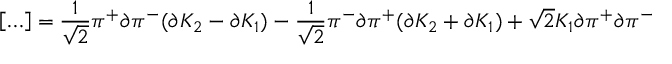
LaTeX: \left[ \ldots \right] = \frac { 1 } { \sqrt { 2 } } \pi ^ { + } \partial \pi ^ { - } ( \partial K _ { 2 } - \partial K _ { 1 } ) - \frac { 1 } { \sqrt { 2 } } \pi ^ { - } \partial \pi ^ { + } ( \partial K _ { 2 } + \partial K _ { 1 } ) + \sqrt { 2 } K _ { 1 } \partial \pi ^ { + } \partial \pi ^ { - }